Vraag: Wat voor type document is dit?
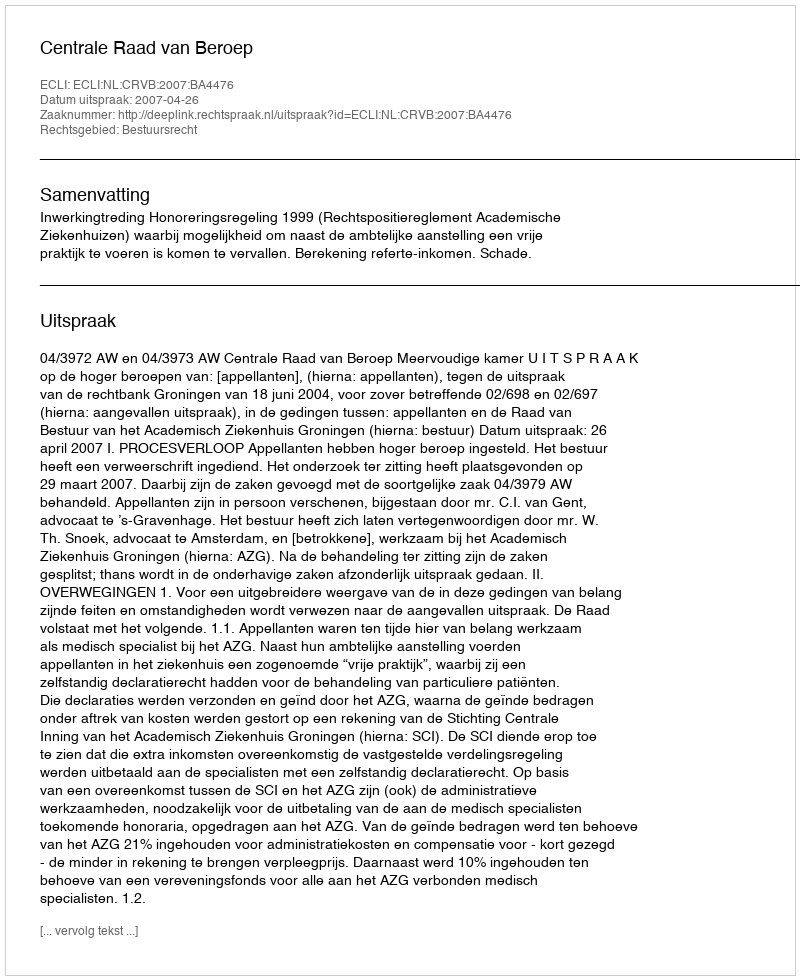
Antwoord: Uitspraak